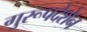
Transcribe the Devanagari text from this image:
गुरूपदेशेन